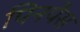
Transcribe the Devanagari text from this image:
पिनपैस